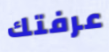
عرفتك